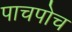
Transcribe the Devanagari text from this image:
पाचपोच